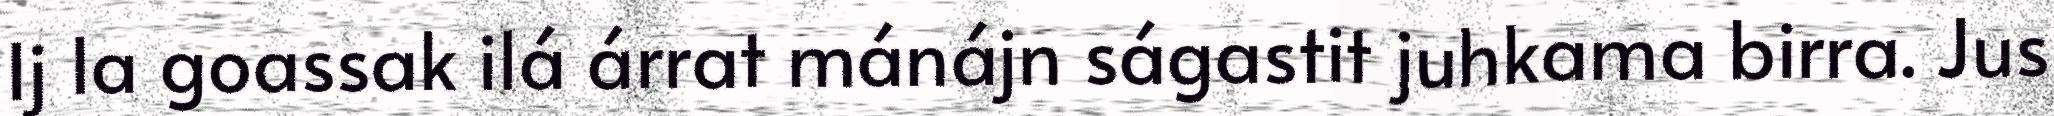
Ij la goassak ilá árrat mánájn ságastit juhkama birra. Jus